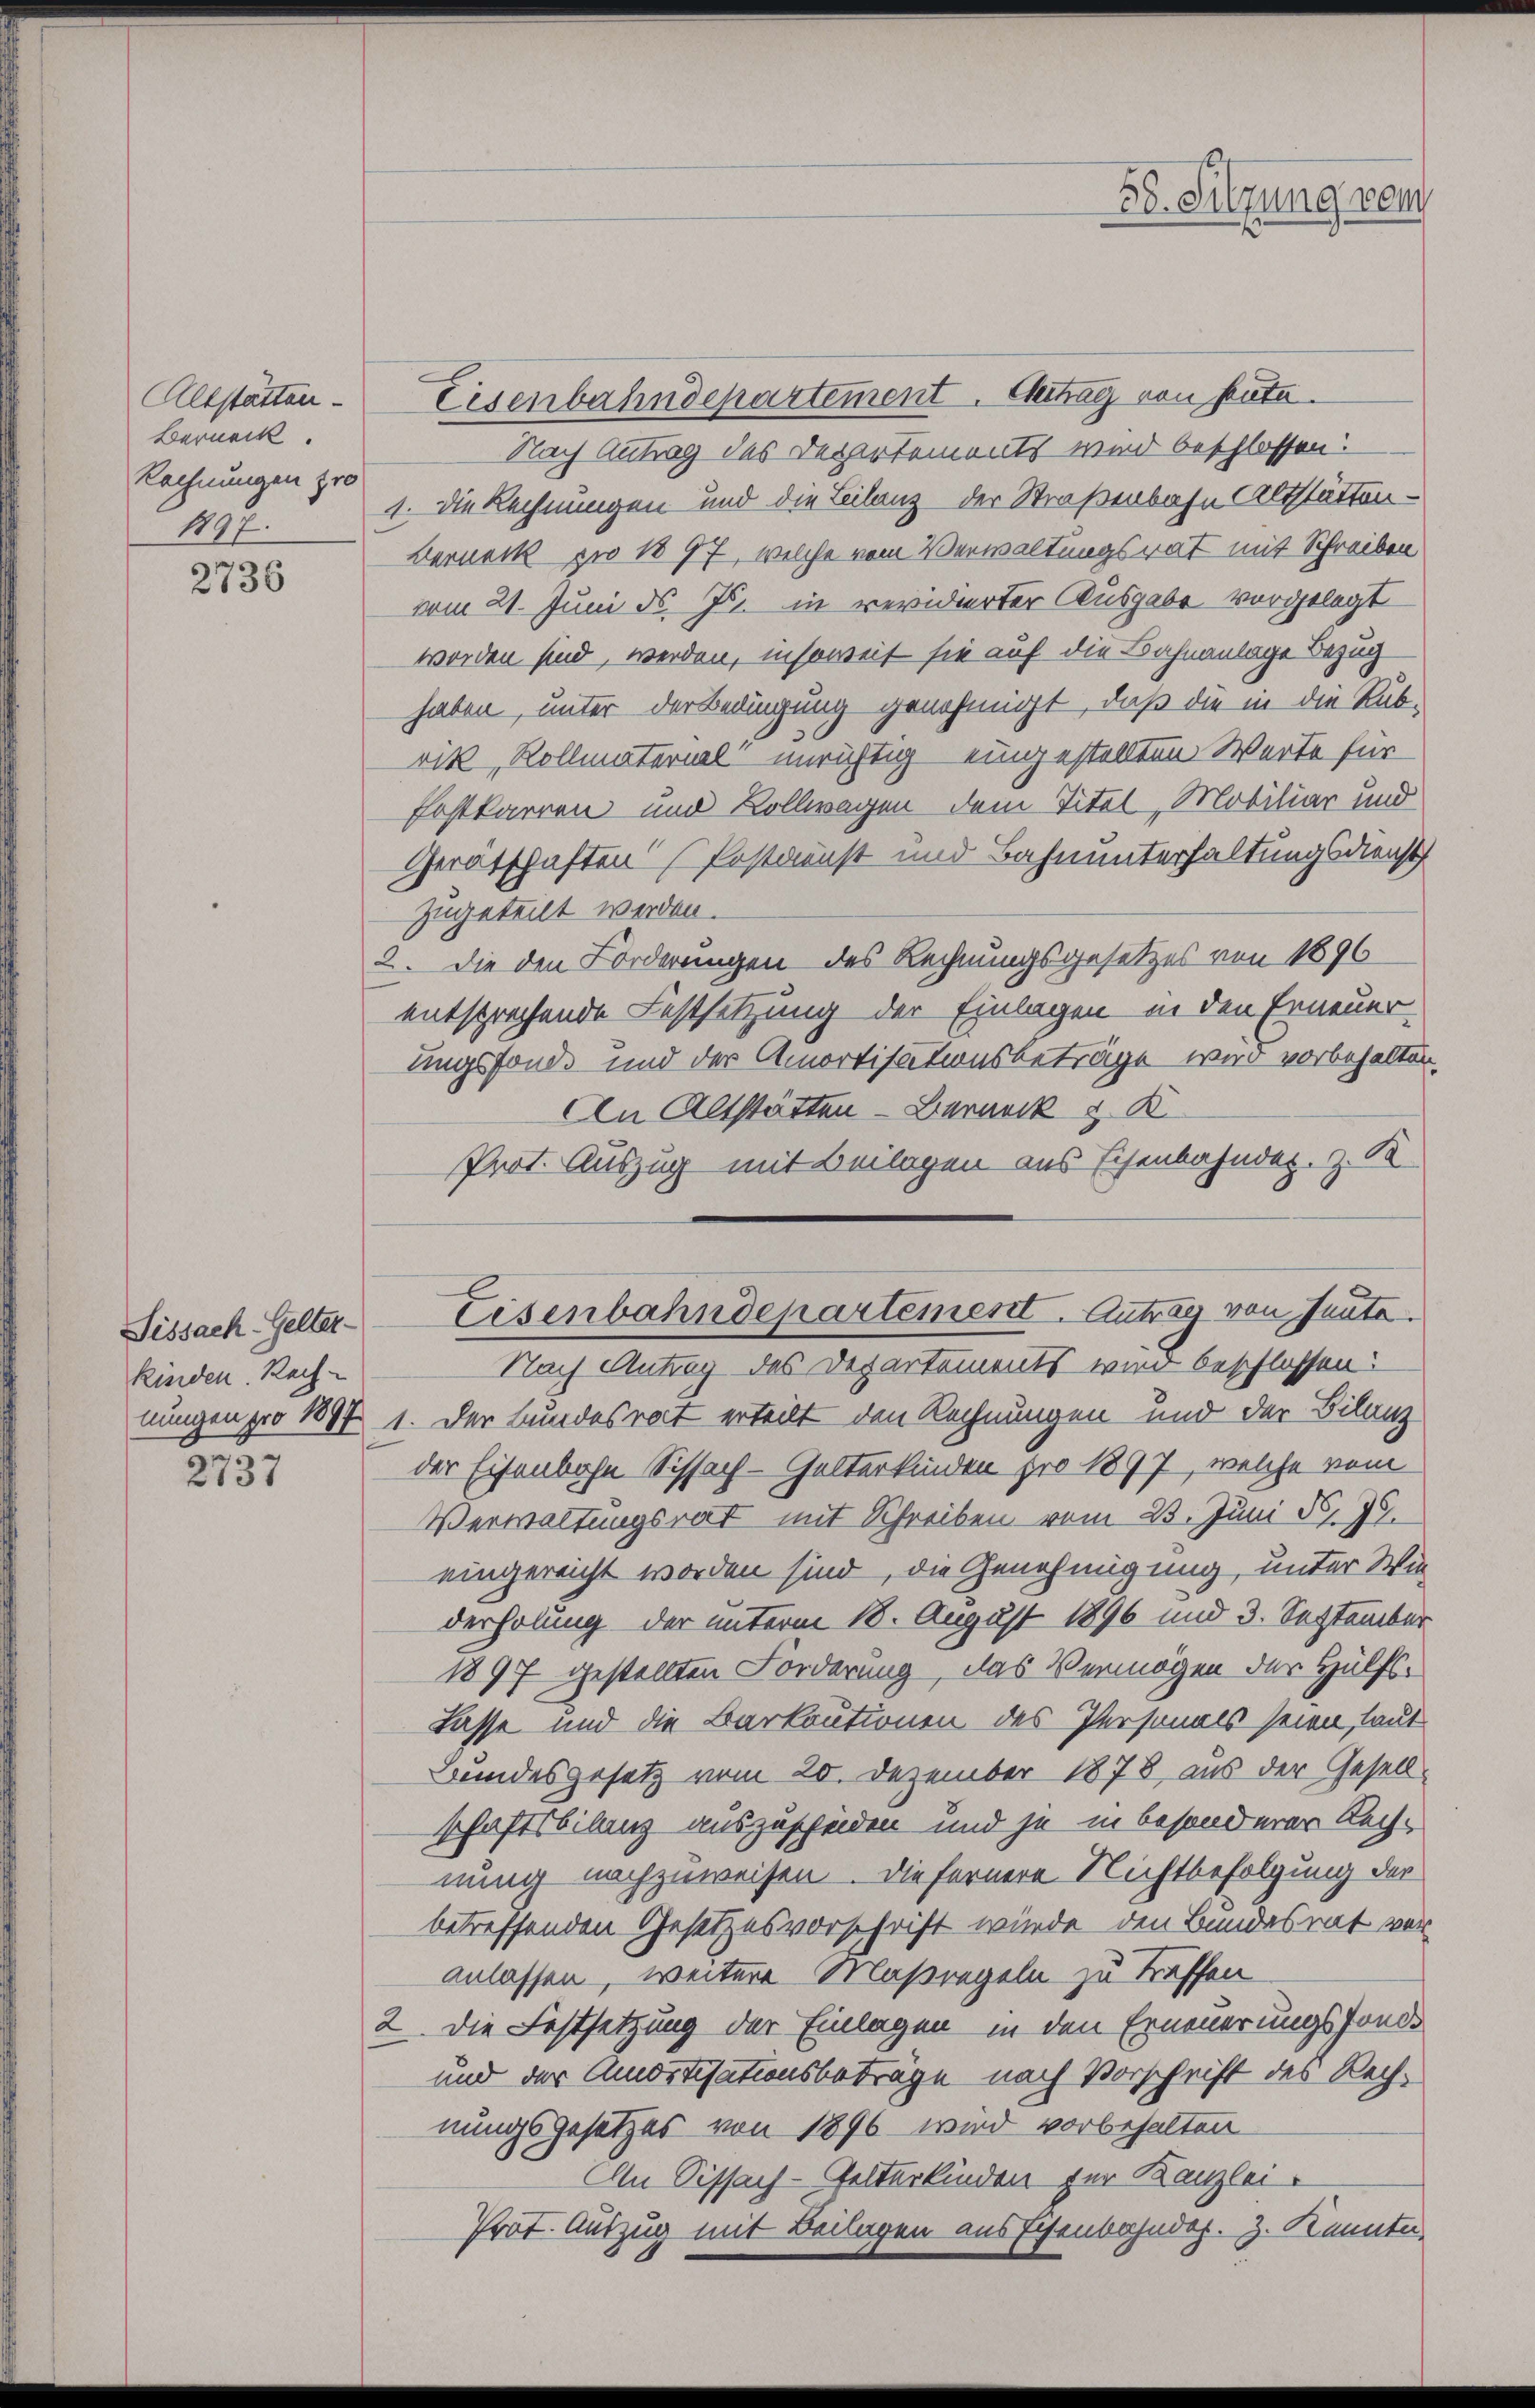
Altstatten.
Berneck.
Rechnungen pro
1897.

2736

kinden. Rech
5
2731

Eisenbahndepartement. Gertrag von heute.
Nach Antrag des Departements wird beschlossen:
1. Die Rechnungen und die Beilanz der Straßenbahn Altstätten¬
Berneck zu 1897, welche vom Verwaltungsrat mit Schreiben
vom 21. Juni d. Js. in revidierter Ausgabe vorgelegt
worden sind, werden, insoweit sie auf die Bahnanlage Bezug
haben, unter der Bedingung genehmigt, daß die in die Rubrik „Kollmaterial unruftig eingestellten Werte für
Fostkarren und Kollwagen dem Titel, Mobiliar und
Gerätschaften (Postdenst und Bahnunterhaltungsdienst
zugeteilt werden.
2. Die den Forderungen des Rechnungsgesetzes von 1896
entsprechende Festsetzung der Einlagen in den Erneuerungsfonde und der Amortisationsbeträge wird vorbehalten.
An Altstätten - Berneck & K
Prot. Auszug mit Beilagen aus Eisenbahnder. z. B
Nach Antrag des Departements wird beschlossen:
nungen pro 1897 1. Der Bundesrat erteilt den Rechnungen und der Bilanz
der Eisenbahn Schach-Gelterkinden pro 1897, welche vom
Verwaltungsrat mit Schreiben vom 23. Juni d. 7.
eingereicht worden sind, die Genehmigung, unter Wie-
derholung der unterm 18. August 1896 und 3. September
1897 gestellten Forderung, das Vermögen der Hülfs¬
Lasse und die Barkautionen des Personals seien, laut
Bundesgesetz vom 20. Dezember 1878 aus der Gesellschaftsbilanz auszuscheiden und je in besonderer Rechnung nachzuweisen. Die fernere Nichtbefolgung der
betreffenden Gesetzesvorschrift würde den Bundesrat voranlassen, weitere Maßregeln zu treffen
2. Die Festsetzung der Einlagen in den Erneuerungsfonde
und der Amortisationsbeträge nach Vorschrift des Rechnungsgesetzes von 1896 wird vorbehalten
An Sissach-Gelterkinden für Kanzlei-
Prot. Auszug mit Beilagen ausschenbahndos. Z. Kenntn

58. Sitzung von

Sissach Gelter Eisenbahndepartement. Antrag von Heute.